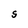
Character: S